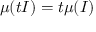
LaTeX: \mu ( t I ) = t \mu ( I )